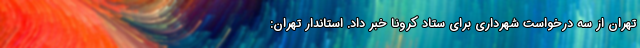
تهران از سه درخواست شهرداری برای ستاد کرونا خبر داد. استاندار تهران: